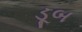
ડૂબ